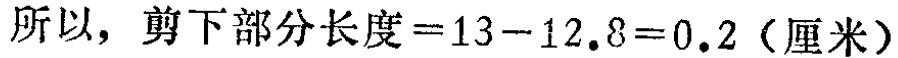
所以，剪下部分长度\(=13 - 12.8 = 0.2\)（厘米）